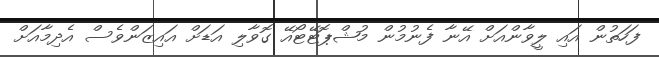
ފަހަތުން އައި ލީވާންއަށް އޭނާ ފެނުމުން މުޝްޕޮޓޭޓޯއޭ ގޮވާލި އަޑަށް އައިޒަންވެސް އެދިމާއަށް